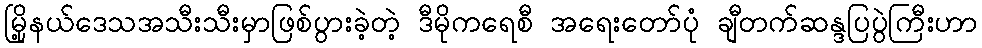
မြို့နယ်ဒေသအသီးသီးမှာဖြစ်ပွားခဲ့တဲ့ ဒီမိုကရေစီ အရေးတော်ပုံ ချီတက်ဆန္ဒပြပွဲကြီးဟာ